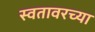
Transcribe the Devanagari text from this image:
स्वतावरच्या